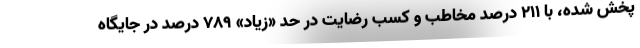
پخش شده، با ۲۱۱ درصد مخاطب و کسب رضایت در حد «زیاد» ۷۸۹ درصد در جایگاه